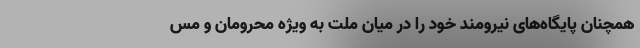
همچنان پایگاه‌های نیرومند خود را در میان ملت به ویژه محرومان و مس